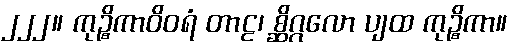
၂၂၂။ ကုဉ္စိကာဝိဝရံ တာဠ၊ စ္ဆိဂ္ဂလော ပျထ ကုဉ္စိကာ။